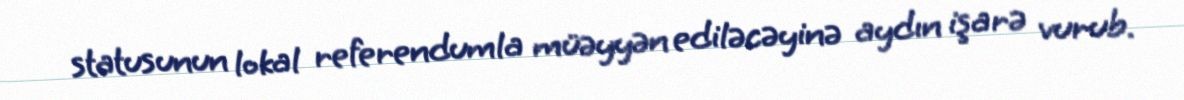
statusunun lokal referendumla müəyyən ediləcəyinə aydın işarə vurub.